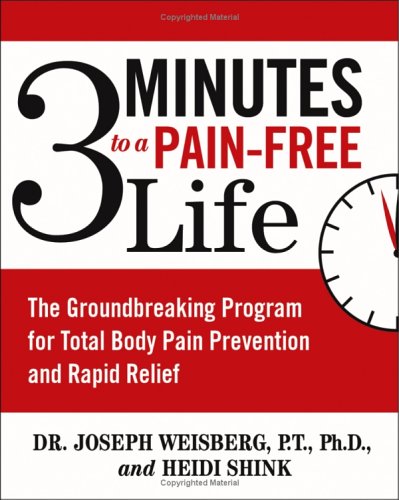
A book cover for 3 Minutes to a Pain-Free Life: The Groundbreaking Program for Total Body Pain Prevention and Rapid Relief; Joseph Weisberg; Health, Fitness & Dieting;